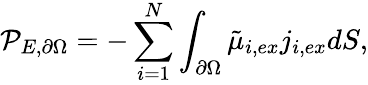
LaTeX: \mathcal{P}_{E,\partial\Omega}=-\sum_{i=1}^{N}\int_{\partial\Omega}\tilde{\mu}_{i,ex}j_{i,ex}dS,